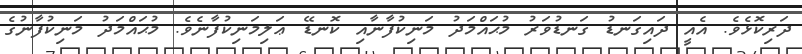
ދަރިކޮޅެވެ. އެއީ ދައިގަނޑު ގަނޑުވަރު މުޙައްމަދު މަނިކުފާނާއި ކޮނޑޭ ޢަލިމަނިކުފާނެވެ. މުޙައްމަދު މަނިކުފާނުގެ